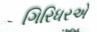
ગિરિધરએ